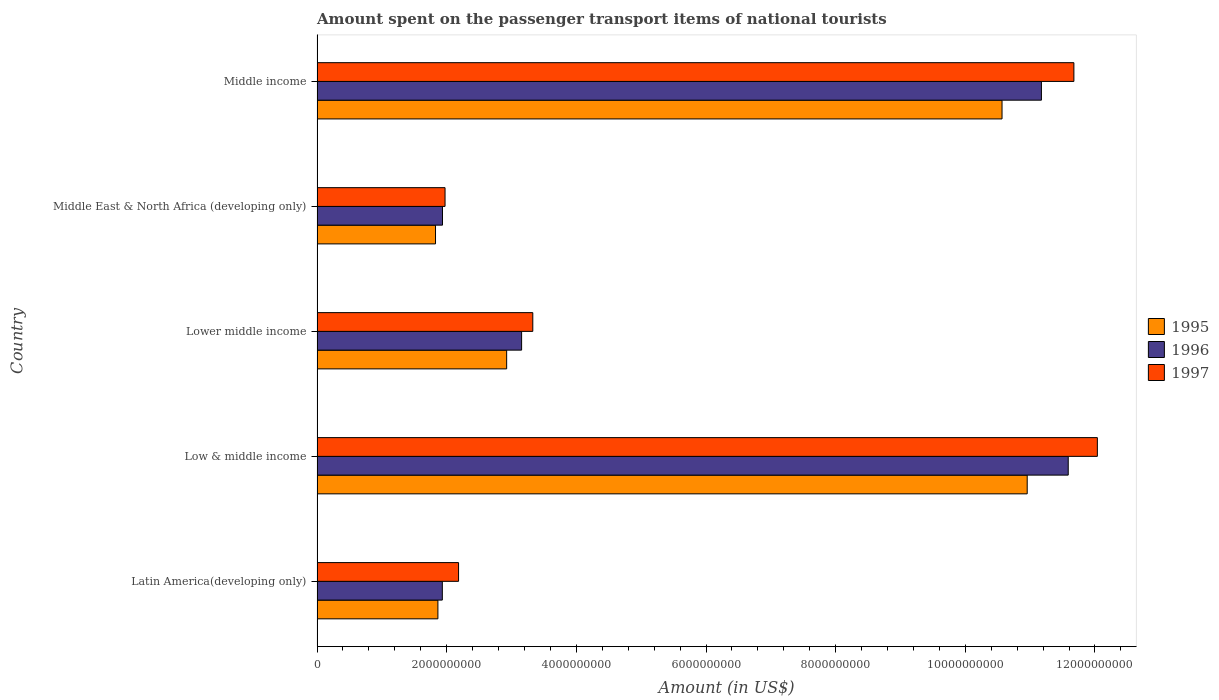
| Country | 1995 | 1996 | 1997 |
 | --- | --- | --- | --- |
 | Latin America(developing only) | 1.86e+09 | 1.93e+09 | 2.18e+09 |
 | Low & middle income | 1.1e+10 | 1.16e+10 | 1.2e+10 |
 | Lower middle income | 2.92e+09 | 3.16e+09 | 3.33e+09 |
 | Middle East & North Africa (developing only) | 1.83e+09 | 1.94e+09 | 1.97e+09 |
 | Middle income | 1.06e+10 | 1.12e+10 | 1.17e+10 |